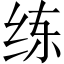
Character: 练